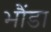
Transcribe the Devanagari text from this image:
भौंडा